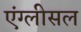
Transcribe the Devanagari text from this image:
एंग्लीसल